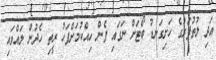
އަދި ލުތުފަރުގެ ހަށިގަނޑު ބޯޓަށް ނަގައި ފެން ހިއްކުމަށްފަހު ރީތި ހެދުން ލައްވައި